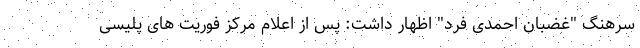
سرهنگ "غضبان احمدی فرد" اظهار داشت: پس از اعلام مرکز فوریت های پلیسی